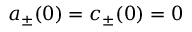
a _ { \pm } ( 0 ) = c _ { \pm } ( 0 ) = 0